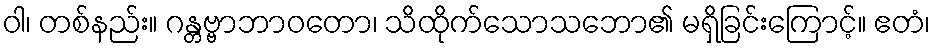
ဝါ၊ တစ်နည်း။ ဂန္တဗ္ဗာဘာဝတော၊ သိထိုက်သောသဘော၏ မရှိခြင်းကြောင့်။ ဧတံ၊